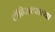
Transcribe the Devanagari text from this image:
टॉन्सिल्सच्या